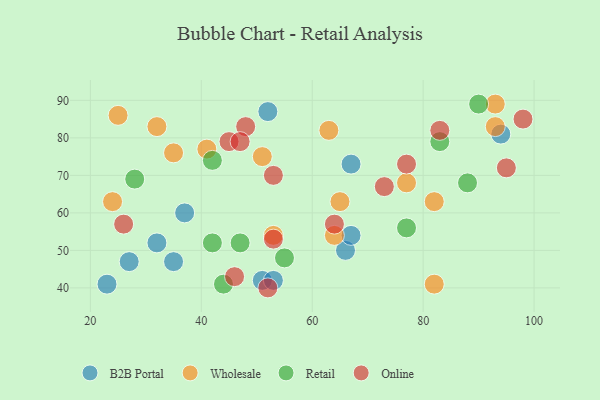
{"axis": {"x": "GDP", "y": "Life Expectancy"}, "legend": ["B2B Portal", "Online", "Retail", "Wholesale"], "data": [{"x": "35", "y": 47, "type": "B2B Portal"}, {"x": "51", "y": 42, "type": "B2B Portal"}, {"x": "53", "y": 42, "type": "B2B Portal"}, {"x": "27", "y": 47, "type": "B2B Portal"}, {"x": "32", "y": 52, "type": "B2B Portal"}, {"x": "23", "y": 41, "type": "B2B Portal"}, {"x": "67", "y": 73, "type": "B2B Portal"}, {"x": "37", "y": 60, "type": "B2B Portal"}, {"x": "52", "y": 87, "type": "B2B Portal"}, {"x": "94", "y": 81, "type": "B2B Portal"}, {"x": "66", "y": 50, "type": "B2B Portal"}, {"x": "67", "y": 54, "type": "B2B Portal"}, {"x": "53", "y": 54, "type": "Wholesale"}, {"x": "63", "y": 82, "type": "Wholesale"}, {"x": "93", "y": 83, "type": "Wholesale"}, {"x": "35", "y": 76, "type": "Wholesale"}, {"x": "51", "y": 75, "type": "Wholesale"}, {"x": "64", "y": 54, "type": "Wholesale"}, {"x": "82", "y": 41, "type": "Wholesale"}, {"x": "65", "y": 63, "type": "Wholesale"}, {"x": "32", "y": 83, "type": "Wholesale"}, {"x": "82", "y": 63, "type": "Wholesale"}, {"x": "25", "y": 86, "type": "Wholesale"}, {"x": "77", "y": 68, "type": "Wholesale"}, {"x": "41", "y": 77, "type": "Wholesale"}, {"x": "93", "y": 89, "type": "Wholesale"}, {"x": "24", "y": 63, "type": "Wholesale"}, {"x": "90", "y": 89, "type": "Retail"}, {"x": "77", "y": 56, "type": "Retail"}, {"x": "47", "y": 52, "type": "Retail"}, {"x": "28", "y": 69, "type": "Retail"}, {"x": "55", "y": 48, "type": "Retail"}, {"x": "42", "y": 52, "type": "Retail"}, {"x": "42", "y": 74, "type": "Retail"}, {"x": "83", "y": 79, "type": "Retail"}, {"x": "88", "y": 68, "type": "Retail"}, {"x": "44", "y": 41, "type": "Retail"}, {"x": "52", "y": 40, "type": "Online"}, {"x": "83", "y": 82, "type": "Online"}, {"x": "45", "y": 79, "type": "Online"}, {"x": "73", "y": 67, "type": "Online"}, {"x": "53", "y": 70, "type": "Online"}, {"x": "64", "y": 57, "type": "Online"}, {"x": "48", "y": 83, "type": "Online"}, {"x": "98", "y": 85, "type": "Online"}, {"x": "95", "y": 72, "type": "Online"}, {"x": "26", "y": 57, "type": "Online"}, {"x": "47", "y": 79, "type": "Online"}, {"x": "46", "y": 43, "type": "Online"}, {"x": "53", "y": 53, "type": "Online"}, {"x": "77", "y": 73, "type": "Online"}]}